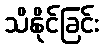
သိနိုင်ခြင်း